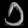
Digit: ၁